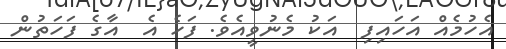
އެހުމެއް އަހައިފި  އަކު މެނުވީއެވެ. ފަހެ އެ  އާގެ ފަހަތުން